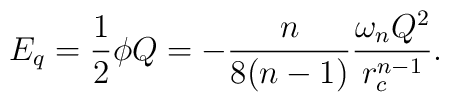
E_q = \frac{1}{2}\phi Q =-\frac{n}{8(n-1)}\frac{\omega_nQ^2}{r_c^{n-1}}.